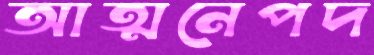
আত্মনেপদ